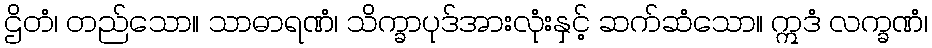
ဌိတံ၊ တည်သော။ သာဓာရဏံ၊ သိက္ခာပုဒ်အားလုံးနှင့် ဆက်ဆံသော။ ဣဒံ လက္ခဏံ၊